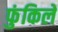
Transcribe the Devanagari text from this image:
फुंकिलें